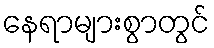
နေရာများစွာတွင်